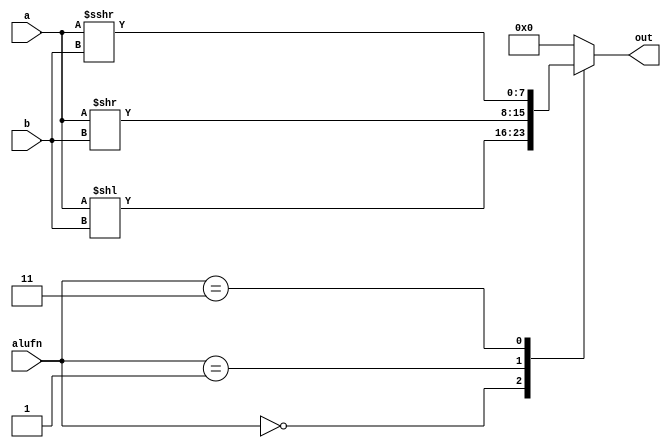
module shift_7 (
    input [1:0] alufn,
    input [7:0] a,
    input [7:0] b,
    output reg [7:0] out
  );
  
  
  
  always @* begin
    
    case (alufn)
      2'h0: begin
        out = a << b;
      end
      2'h1: begin
        out = a >> b;
      end
      2'h3: begin
        out = $signed(a) >>> b;
      end
      default: begin
        out = 1'h0;
      end
    endcase
  end
endmodule